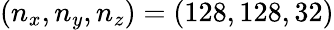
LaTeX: (n_{x},n_{y},n_{z})=(128,128,32)